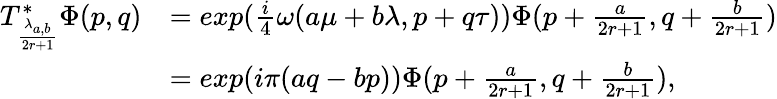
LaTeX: \begin{array}{rl}{T_{\frac{\lambda_{a,b}}{2r+1}}^{*}\Phi(p,q)}&{=exp(\frac{i}{4}\omega(a\mu+b\lambda,p+q\tau))\Phi(p+\frac{a}{2r+1},q+\frac{b}{2r+1})}\\ &{=exp(i\pi(aq-bp))\Phi(p+\frac{a}{2r+1},q+\frac{b}{2r+1}),}\end{array}